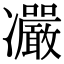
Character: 𠘥